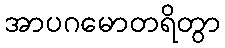
အာပဂမောတရိတွာ